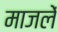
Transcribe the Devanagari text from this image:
माजलें